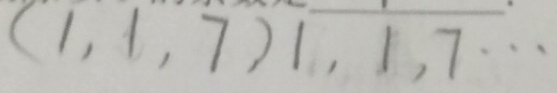
( 1 , 1 , 7 , ) 1 , 1 , 7 \cdots